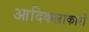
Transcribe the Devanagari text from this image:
आदिकलाकारों